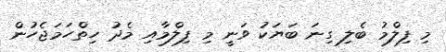
މި ފިލްމު ބެލި ގިނަ ބަޔަކު ވަނީ މި ފިލްމާއި މެދު ހިތްހަމަޖެހުން